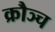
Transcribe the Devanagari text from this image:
क्रौञ्च